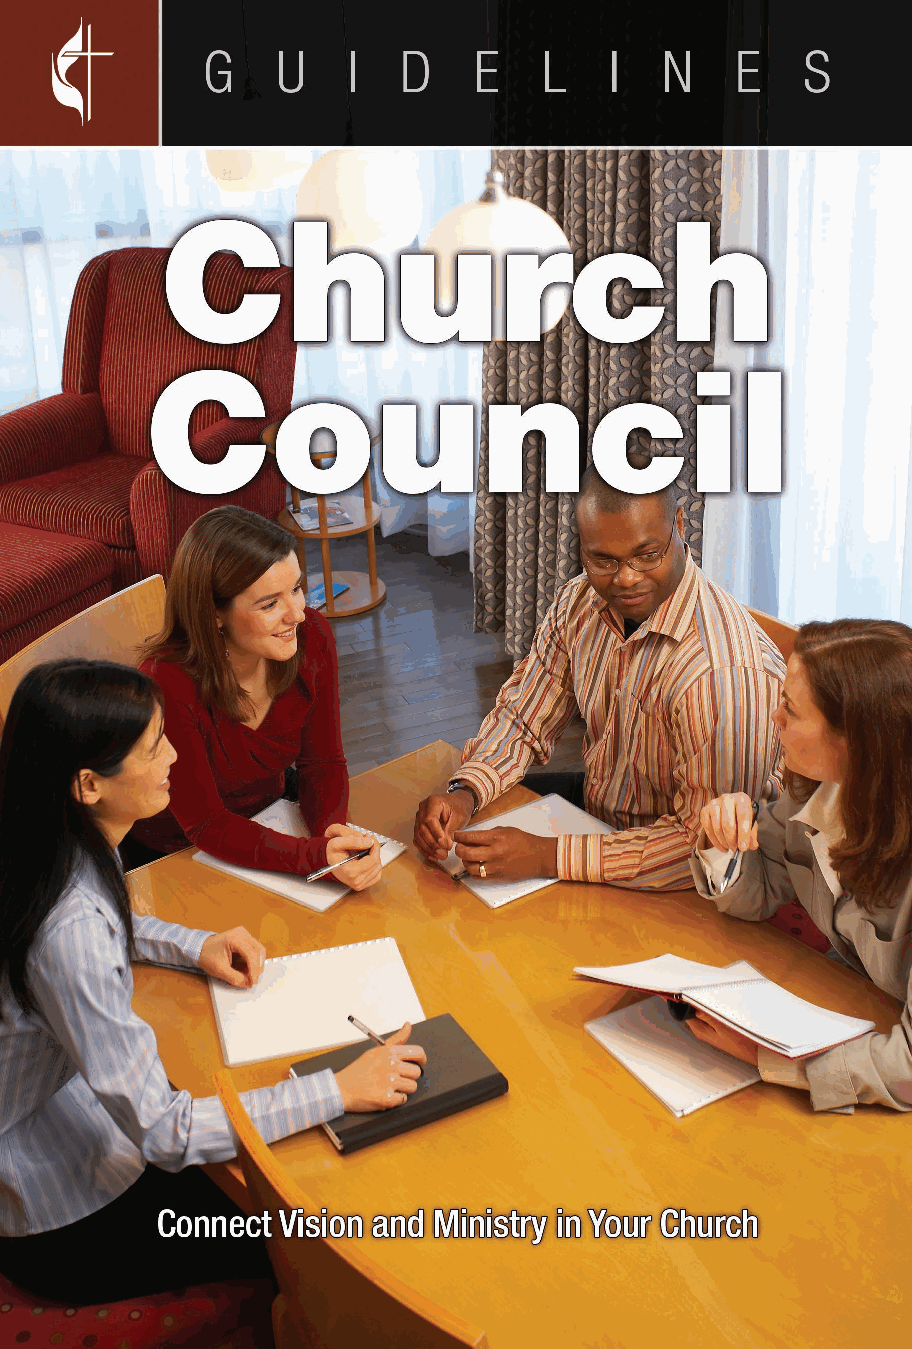
G  U I D E L I N E S   2 0 1 7 –  2 0 2 0
 Prepares    leaders   for their  ministry  roles
 in leading  the  Church    Council
 The church council exists to create and supervise the strategic plan of your local congregation,
 as you seek to fulfill the mission of making disciples of Jesus Christ for the transformation
 of the world. The work of the church council involves both leadership and management. This
 Guideline will to help equip you and your ministry team to connect vision and ministry in your
 church.
 This is one of the twenty-six Guidelines that cover church leadership areas, such as Church
 Council and Small-Membership Church; administrative areas of Finance and Trustees; and
 ministry areas focused on nurture, outreach, and witness: Worship, Evangelism, Stewardship,
 Christian Education, age-level ministries, Communications, and more.
 Guidelines for Leading Your Congregation 2017–2020—Complete Set
 Available in print (ISBN: 9781501830112) and flash drive (ISBN: 9781501830143)
 formats. Also available for eReaders. The full set includes:
 • 26 individual booklets (also available for individual sale)
 • Visit www.UMOfficialResources.com/Guidelines for the following free resources:
 * “Guide to the Guidelines” (includes an Orientation Workshop)
 * Supplemental Materials (ready for use)
 www.cokesbury.com
 Cover Image: Thinkstock
 9781501830303_CVR_council.indd 1                                                                               8/2/16 3:00 PM